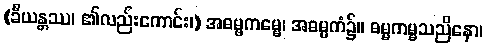
(ခီယန္တဿ၊ ၏လည်းကောင်း၊) အဓမ္မကမ္မေ၊ အဓမ္မကံ၌။ ဓမ္မကမ္မသညိနော၊